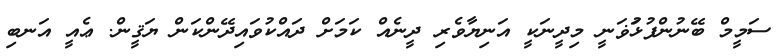
ސަމީމް ބޭނުންފުޅުަޥަނީ މިދީނަކީ އަނިޔާވެރި ދީނެއް ކަމަށް ދައްކުވައިދޭންކަން ޔަޤީން. ޢެއީ އަނބި